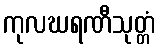
ကုလဃရဏီသုတ္တံ